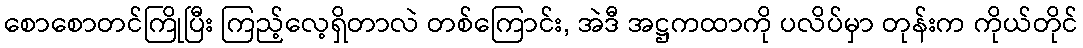
စောစောတင်ကြိုပြီး ကြည့်လေ့ရှိတာလဲ တစ်ကြောင်း, အဲဒီ အဋ္ဌကထာကို ပလိပ်မှာ တုန်းက ကိုယ်တိုင်